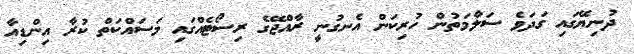
ދުނިޔޭގައި ގަދަވެ ސަލާމަތުން ހުރިކަން އެނގުނީ ރާއްޖޭގެ ރިސޯޓެއްގައި މަސައްކަތް ކުރާ އިންޑިއާ